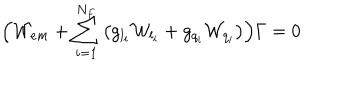
LaTeX: \Bigl ( { \cal W } _ { e m } + \sum _ { i = 1 } ^ { N _ { F } } \left( g _ { l _ { i } } { \cal W } _ { l _ { i } } + g _ { q _ { i } } { \cal W } _ { q _ { i } } \right) \Bigr ) \Gamma = 0